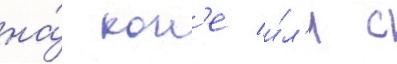
на́ кон'е и́л'и с